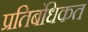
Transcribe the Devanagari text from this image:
प्रतिबंधिकत